Statistical return of the lunatic asylum in Assam - 1912-1932
Year: 1912
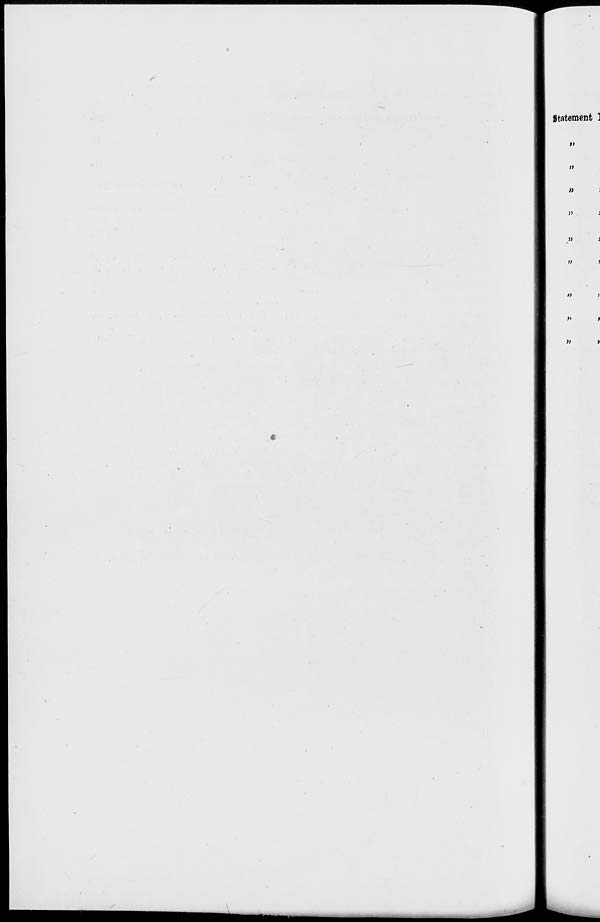
f)
)t
))
)>
i)
»
»